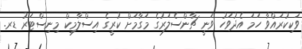
ވަކިކުރައްވާ ހަމަ އެދުވަހު ވަނީ ޗާންސެލަރުގެ މަގާމަށް ކުރީގެ އިސްލާމިކް މިނިސްޓަރު ޑރ.